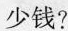
少钱?